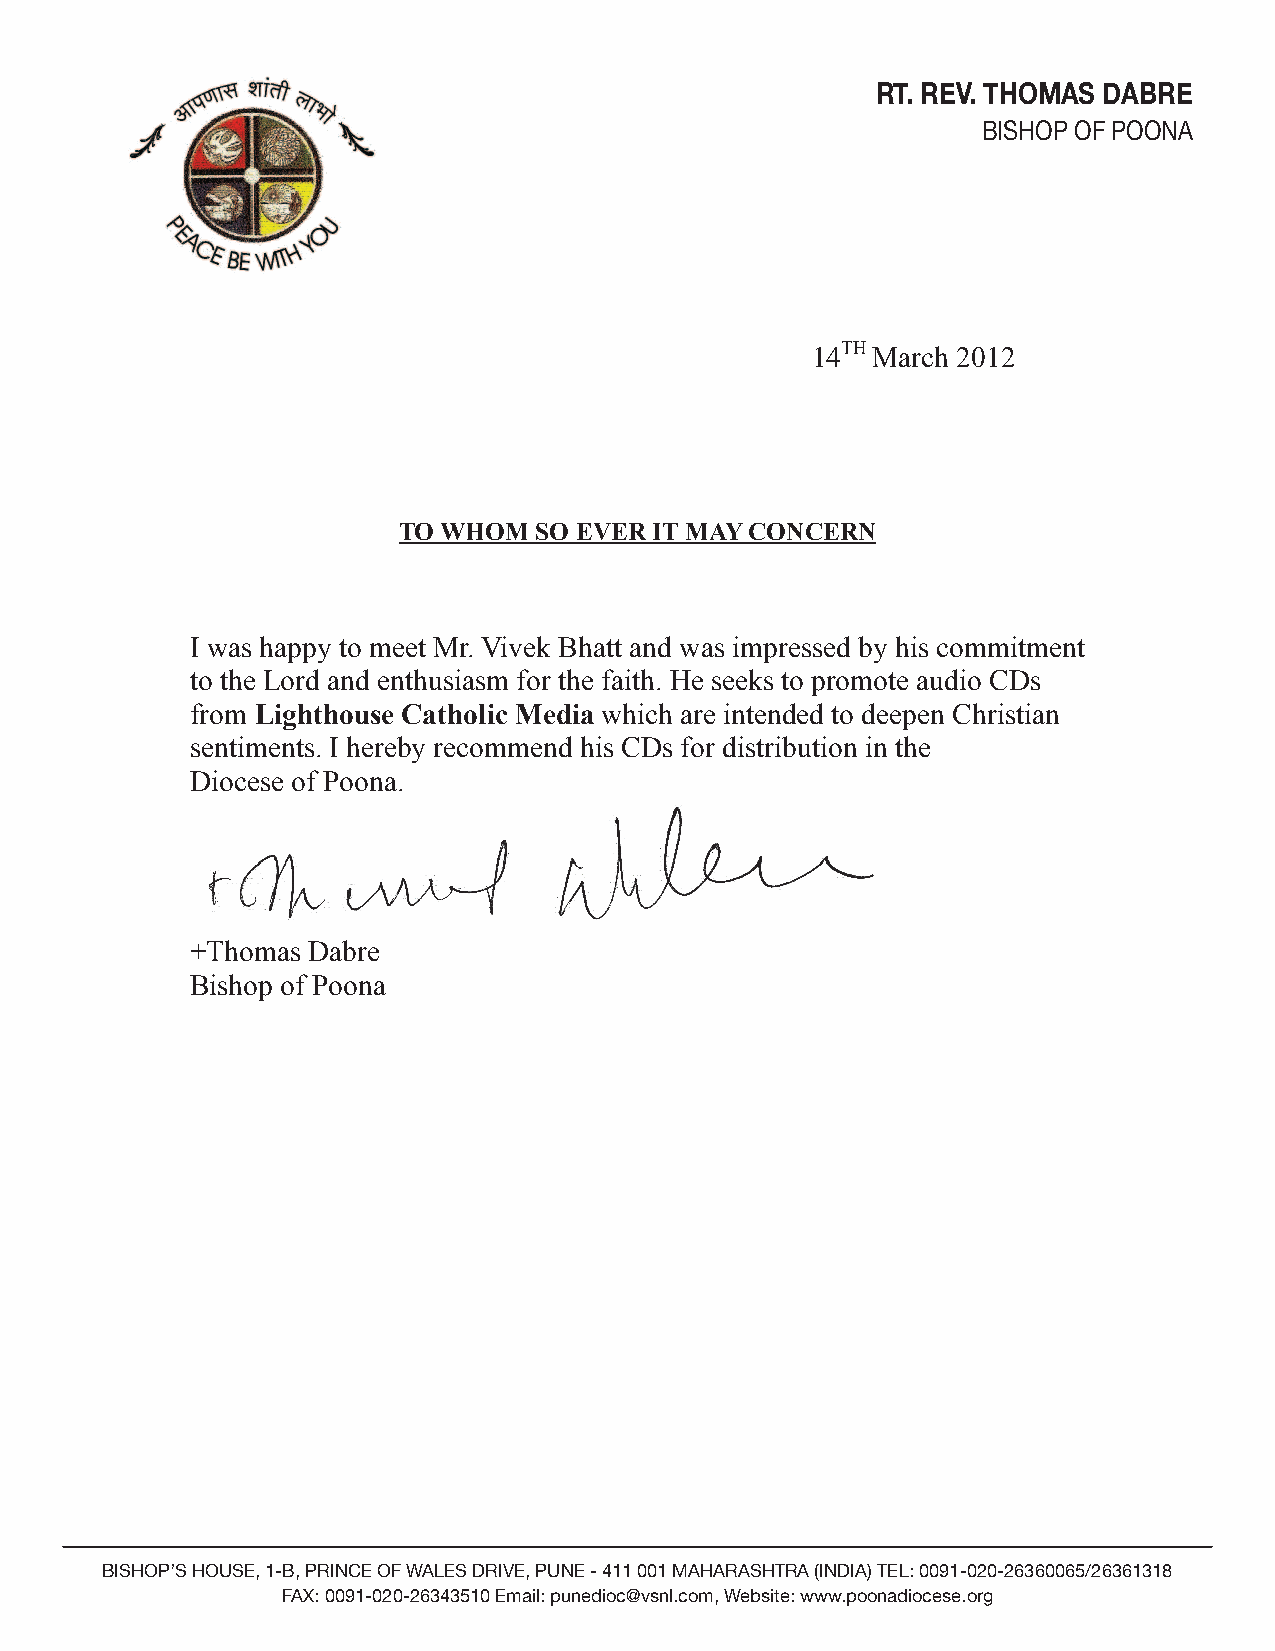
RT. REV. THOMAS DABRE
 BISHOP OF POONA
 14TH March 2012
 TO WHOM  SO EVER IT MAY CONCERN
 I was happy to meet Mr. Vivek Bhatt and was impressed by his commitment
 to the Lord and enthusiasm for the faith. He seeks to promote audio CDs
 from Lighthouse Catholic Media which are intended to deepen Christian
 sentiments. I hereby recommend his CDs for distribution in the
 Diocese of Poona.
 +Thomas Dabre
 Bishop of Poona
 BISHOP’S HOUSE, 1-B, PRINCE OF WALES DRIVE, PUNE - 411 001 MAHARASHTRA (INDIA) TEL: 0091-020-26360065/26361318
 FAX: 0091-020-26343510 Email: punedioc@vsnl.com, Website: www.poonadiocese.org